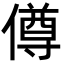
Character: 僔